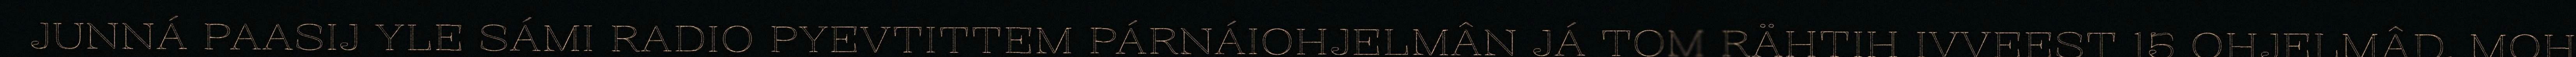
JUNNÁ PAASIJ YLE SÁMI RADIO PYEVTITTEM PÁRNÁIOHJELMÂN JÁ TOM RÄHTIH IVVEEST 15 OHJELMÂD, MOH